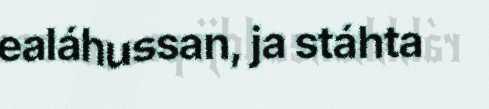
ealáhussan, ja stáhta